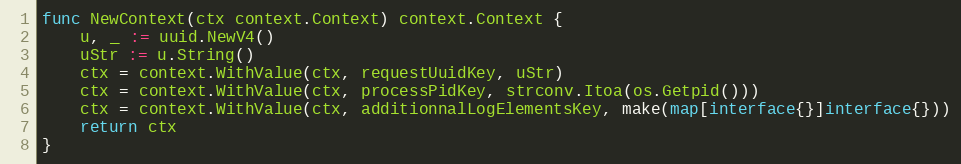
Language: Go
func NewContext(ctx context.Context) context.Context {
	u, _ := uuid.NewV4()
	uStr := u.String()
	ctx = context.WithValue(ctx, requestUuidKey, uStr)
	ctx = context.WithValue(ctx, processPidKey, strconv.Itoa(os.Getpid()))
	ctx = context.WithValue(ctx, additionnalLogElementsKey, make(map[interface{}]interface{}))
	return ctx
}